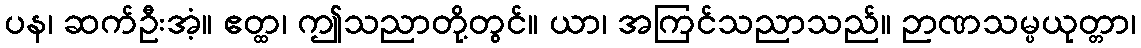
ပန၊ ဆက်ဦးအံ့။ ဧတ္ထ၊ ဤသညာတို့တွင်။ ယာ၊ အကြင်သညာသည်။ ဉာဏသမ္ပယုတ္တာ၊